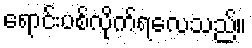
ရောင်းပစ်လိုက်ရလေသည်။